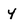
Character: y